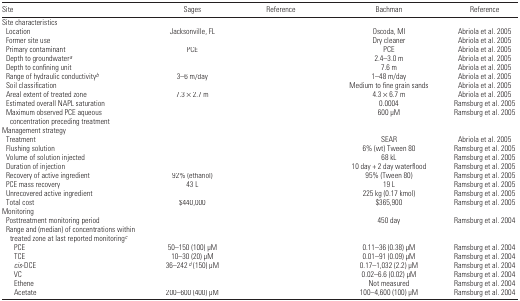
<table><thead><tr><td><b>Site</b></td><td><b>Sages</b></td><td><b>Reference</b></td><td><b>Bachman</b></td><td><b>Reference</b></td></tr></thead><tbody><tr><td colspan="5">Site characteristics</td></tr><tr><td> Location</td><td>Jacksonville, FL</td><td>[EMPTY_CELL]</td><td>Oscoda, MI</td><td>Abriola et al. 2005</td></tr><tr><td> Former site use</td><td>[EMPTY_CELL]</td><td>[EMPTY_CELL]</td><td>Dry cleaner</td><td>Abriola et al. 2005</td></tr><tr><td> Primary contaminant</td><td>PCE</td><td>[EMPTY_CELL]</td><td>PCE</td><td>Abriola et al. 2005</td></tr><tr><td> Depth to groundwater<i><sup>a</sup></i></td><td>[EMPTY_CELL]</td><td>[EMPTY_CELL]</td><td>2.4–3.0 m</td><td>Abriola et al. 2005</td></tr><tr><td> Depth to confining unit</td><td>[EMPTY_CELL]</td><td>[EMPTY_CELL]</td><td>7.6 m</td><td>Abriola et al. 2005</td></tr><tr><td> Range of hydraulic conductivity<i><sup>b</sup></i></td><td>3–6 m/day</td><td>[EMPTY_CELL]</td><td>1–48 m/day</td><td>Abriola et al. 2005</td></tr><tr><td> Soil classification</td><td>[EMPTY_CELL]</td><td>[EMPTY_CELL]</td><td>Medium to fine grain sands</td><td>Abriola et al. 2005</td></tr><tr><td> Areal extent of treated zone</td><td>7.3 × 2.7 m</td><td>[EMPTY_CELL]</td><td>4.3 × 6.7 m</td><td>Abriola et al. 2005</td></tr><tr><td> Estimated overall NAPL saturation</td><td>[EMPTY_CELL]</td><td>[EMPTY_CELL]</td><td>0.0004</td><td>Ramsburg et al. 2005</td></tr><tr><td> Maximum observed PCE aqueous concentration preceding treatment</td><td>[EMPTY_CELL]</td><td>[EMPTY_CELL]</td><td>600 μM</td><td>Ramsburg et al. 2005</td></tr><tr><td colspan="5">Management strategy</td></tr><tr><td> Treatment</td><td>[EMPTY_CELL]</td><td>[EMPTY_CELL]</td><td>SEAR</td><td>Abriola et al. 2005</td></tr><tr><td> Flushing solution</td><td>[EMPTY_CELL]</td><td>[EMPTY_CELL]</td><td>6% (wt) Tween 80</td><td>Ramsburg et al. 2005</td></tr><tr><td> Volume of solution injected</td><td>[EMPTY_CELL]</td><td>[EMPTY_CELL]</td><td>68 kL</td><td>Ramsburg et al. 2005</td></tr><tr><td> Duration of injection</td><td>[EMPTY_CELL]</td><td>[EMPTY_CELL]</td><td>10 day + 2 day waterflood</td><td>Ramsburg et al. 2005</td></tr><tr><td> Recovery of active ingredient</td><td>92% (ethanol)</td><td>[EMPTY_CELL]</td><td>95% (Tween 80)</td><td>Ramsburg et al. 2005</td></tr><tr><td> PCE mass recovery</td><td>43 L</td><td>[EMPTY_CELL]</td><td>19 L</td><td>Ramsburg et al. 2005</td></tr><tr><td> Unrecovered active ingredient</td><td>[EMPTY_CELL]</td><td>[EMPTY_CELL]</td><td>225 kg (0.17 kmol)</td><td>Ramsburg et al. 2005</td></tr><tr><td> Total cost</td><td>$440,000</td><td>[EMPTY_CELL]</td><td>$365,900</td><td>Ramsburg et al. 2005</td></tr><tr><td colspan="5">Monitoring</td></tr><tr><td> Posttreatment monitoring period</td><td>[EMPTY_CELL]</td><td>[EMPTY_CELL]</td><td>450 day</td><td>Ramsburg et al. 2004</td></tr><tr><td> Range and (median) of concentrations within treated zone at last reported monitoring<i><sup>c</sup></i></td><td>[EMPTY_CELL]</td><td>[EMPTY_CELL]</td><td>[EMPTY_CELL]</td><td>[EMPTY_CELL]</td></tr><tr><td>PCE</td><td>50–150 (100) μM</td><td>[EMPTY_CELL]</td><td>0.11–36 (0.38) μM</td><td>Ramsburg et al. 2004</td></tr><tr><td>TCE</td><td>10–30 (20) μM</td><td>[EMPTY_CELL]</td><td>0.01–91 (0.09) μM</td><td>Ramsburg et al. 2004</td></tr><tr><td><i>cis</i>-DCE</td><td>36–242 <i><sup>d</sup></i> (150) μM</td><td>[EMPTY_CELL]</td><td>0.17–1,032 (2.2) μM</td><td>Ramsburg et al. 2004</td></tr><tr><td>VC</td><td>[EMPTY_CELL]</td><td>[EMPTY_CELL]</td><td>0.02–6.6 (0.02) μM</td><td>Ramsburg et al. 2004</td></tr><tr><td>Ethene</td><td>[EMPTY_CELL]</td><td>[EMPTY_CELL]</td><td>Not measured</td><td>Ramsburg et al. 2004</td></tr><tr><td>Acetate</td><td>200–600 (400) μM</td><td>[EMPTY_CELL]</td><td>100–4,600 (100) μM</td><td>Ramsburg et al. 2004</td></tr></tbody></table>